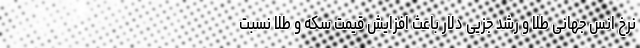
نرخ انس جهانی طلا و رشد جزیی دلار باعث افزایش قیمت سکه و طلا نسبت